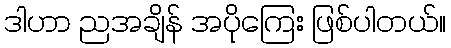
ဒါဟာ ညအချိန် အပိုကြေး ဖြစ်ပါတယ်။